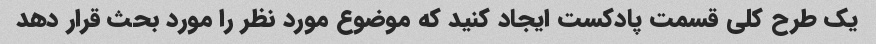
یک طرح کلی قسمت پادکست ایجاد کنید که موضوع مورد نظر را مورد بحث قرار دهد